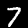
Label: 7